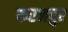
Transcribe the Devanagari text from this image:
फरजपुर